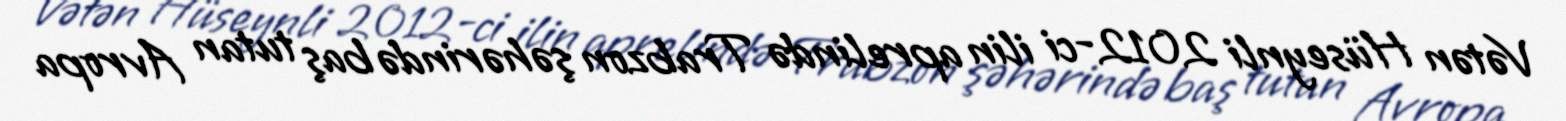
Vətən Hüseynli 2012-ci ilin aprelində Trabzon şəhərində baş tutan Avropa